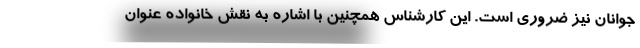
جوانان نیز ضروری است. این کارشناس همچنین با اشاره به نقش خانواده عنوان